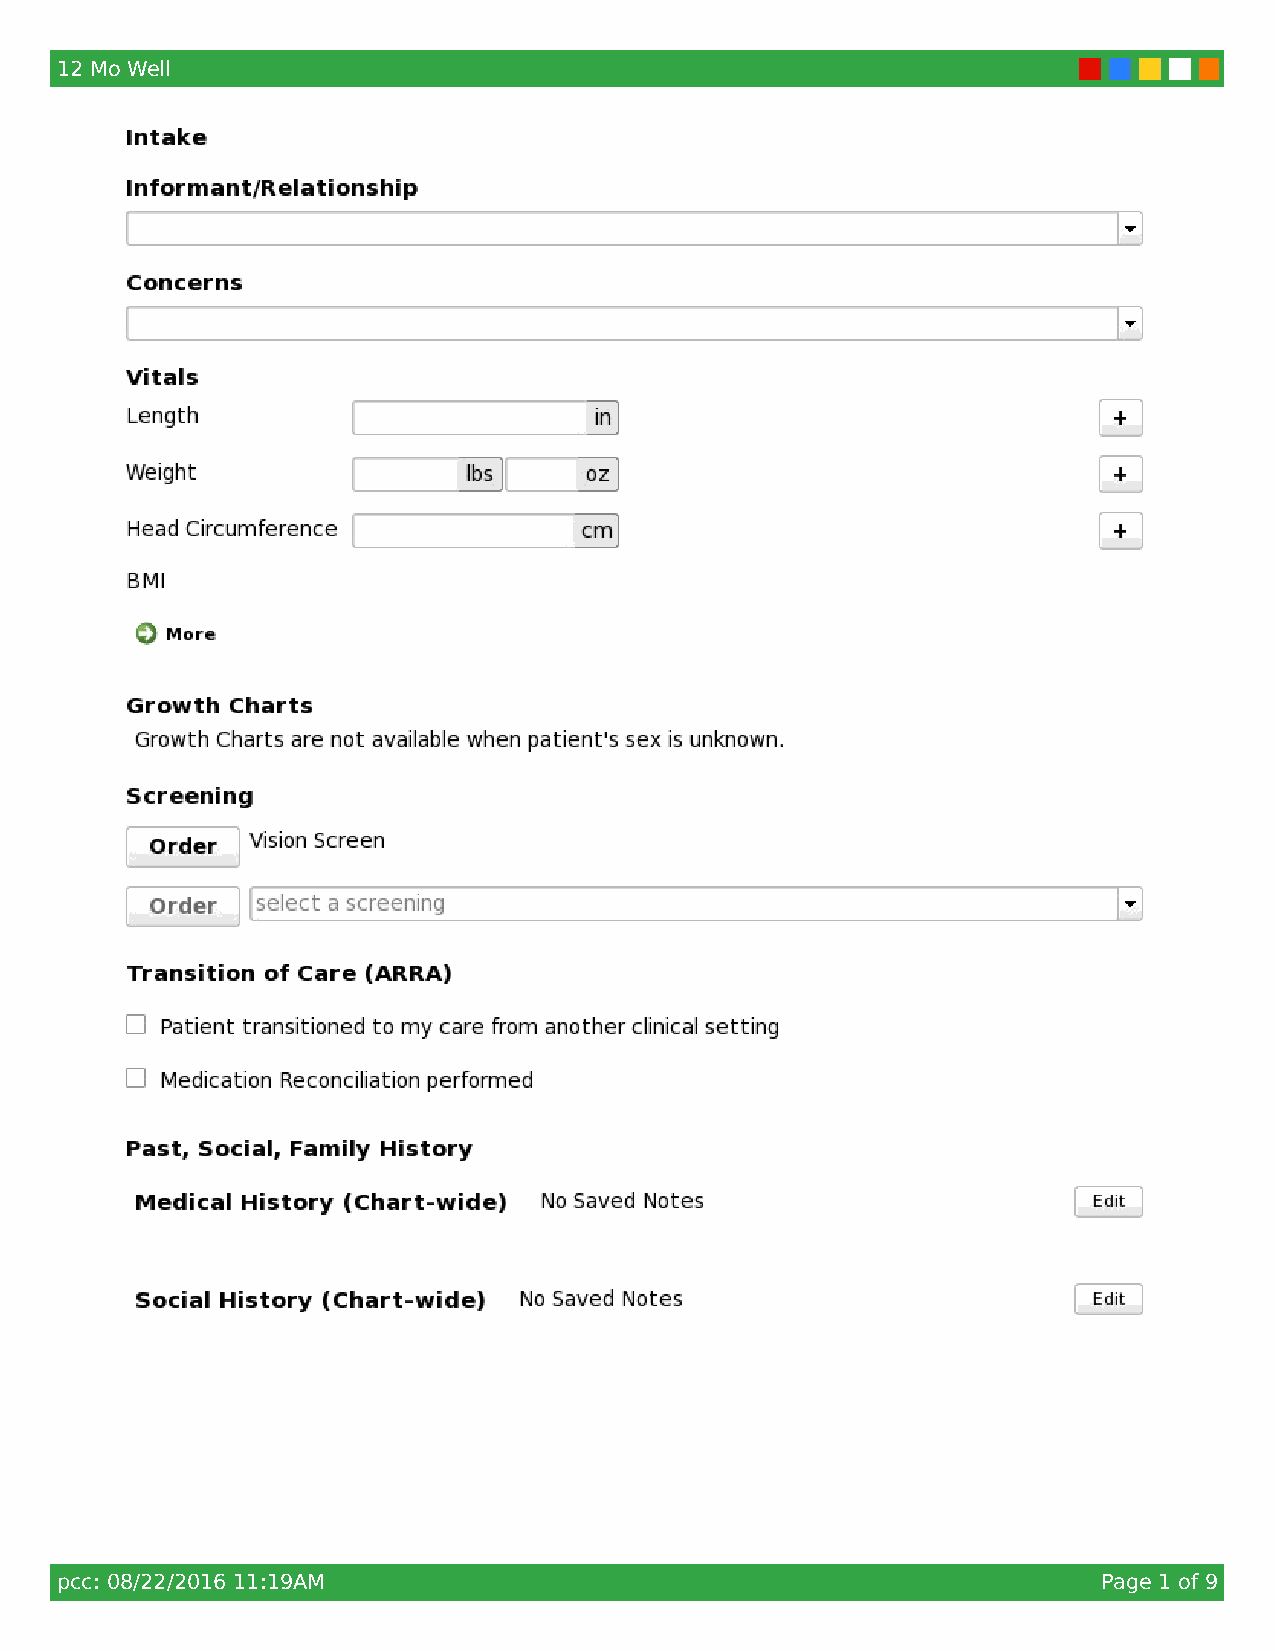
12 Mo Well
 pcc: 08/22/2016 11:19AM                                              Page 1 of 9